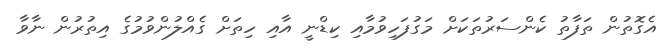
އެގޮތުން ތަފާތު ކެންސަރުތަކަށް މަގުފަހިވުމާއި ކިޑްނީ އާއި ހިތަށް ގެއްލުންވުމުގެ އިތުރުން ނާވާ